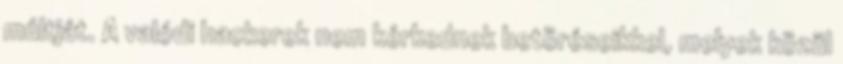
múltját. A valódi hackerek nem kérkednek betöréseikkel, melyek közül